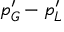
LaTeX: p _ { G } ^ { \prime } - p _ { L } ^ { \prime }